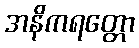
အနိကရတ္တော